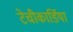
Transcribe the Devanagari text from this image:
टेचीकार्डिया